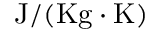
\mathrm { { J / { ( K g \cdot K ) } } }